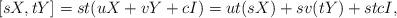
LaTeX: \begin{align*}[sX,tY] = st(uX+vY+cI) = ut(sX) + sv(tY)+stcI,\end{align*}